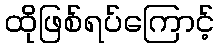
ထိုဖြစ်ရပ်ကြောင့်